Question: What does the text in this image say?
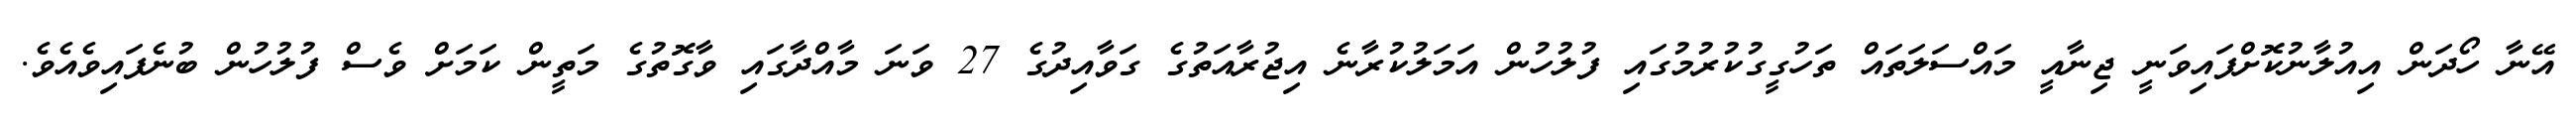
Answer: އޭނާ ހޯދަން އިއުލާނުކޮށްފައިވަނީ ޖިނާއީ މައްސަލަތައް ތަހުގީގުކުރުމުގައި ފުލުހުން އަމަލުކުރާނެ އިޖުރާއަތުގެ ގަވާއިދުގެ 27 ވަނަ މާއްދާގައި ވާގޮތުގެ މަތީން ކަމަށް ވެސް ފުލުހުން ބުނެފައިވެއެވެ.